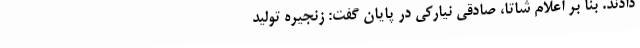
دادند. بنا بر اعلام شاتا، صادقی نیارکی در پایان گفت: زنجیره تولید